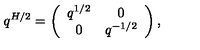
q ^ { H / 2 } = \left( \begin{array} { c c } { q ^ { 1 / 2 } } & { 0 } \\ { 0 } & { q ^ { - 1 / 2 } } \\ \end{array} \right) ,